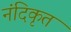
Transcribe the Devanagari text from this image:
नंदिकृत